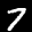
Label: 7